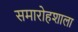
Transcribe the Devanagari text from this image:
समारोहशाला